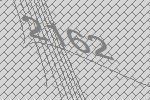
2162